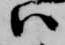
ハ